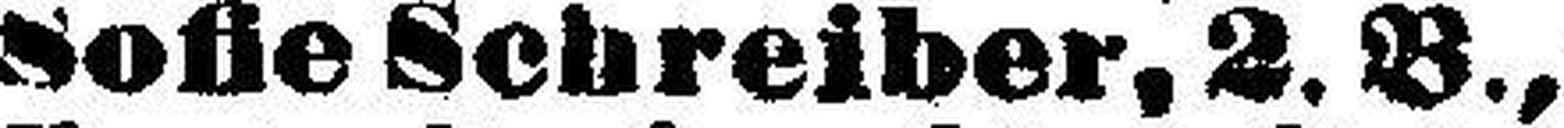
Sofie Schreiber, 2. B.,